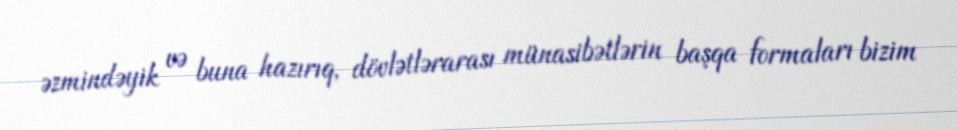
əzmindəyik və buna hazırıq, dövlətlərarası münasibətlərin başqa formaları bizim